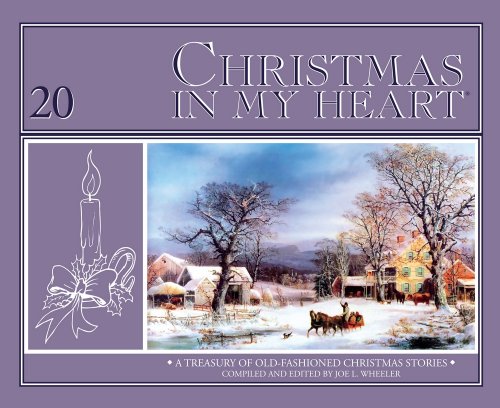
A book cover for Christmas In My Heart #20; Joe Wheeler; Christian Books & Bibles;